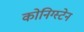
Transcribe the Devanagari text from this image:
कोनिग्स्टेन